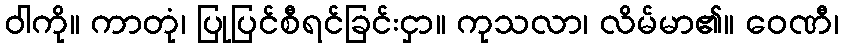
ဝါကို။ ကာတုံ၊ ပြုပြင်စီရင်ခြင်းငှာ။ ကုသလာ၊ လိမ်မာ၏။ ဝေဏီ၊